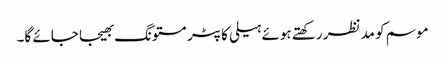
موسم کو مدنظر رکھتے ہوئے ہیلی کاپٹر مستونگ بھیجا جائے گا۔